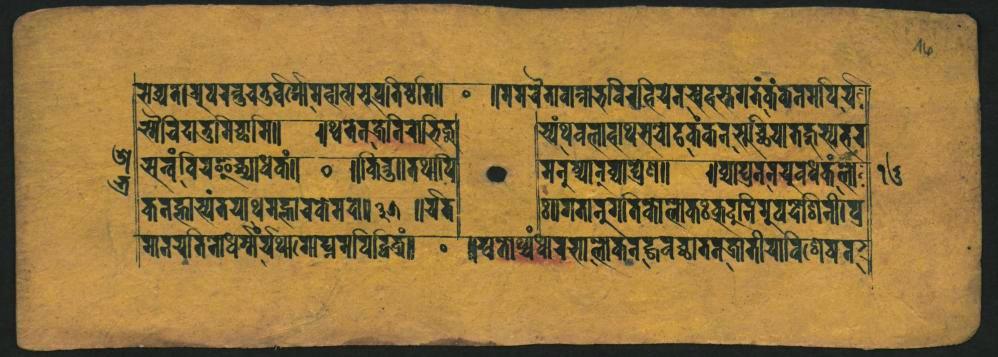
𑐳𑐰𑑂𑐫𑐐𑐬𑐸𑐥𑐬𑐔𑑂𑐰𑐔𑐟𑐸𑐬𑑂𑐰𑑂𑐰𑐾𑐲𑐩𑐩𑐰𑐵𑐟𑑂𑐩𑐔𑐸𑐰𑐡𑐶𑐲𑑂𑐰𑐥𑐶 𑑁𑐔𑐶𑐡𑐵𑐟𑐸𑐩𑐶𑐔𑑂𑐕𑐵𑐩𑐶𑑋 𑐳𑐟𑑂𑐰𑑄𑐰𑐶𑐔𑑅𑑂𑐫𑐵𑐢𑐎𑑄𑑌 𑐎𑐣𑐴𑑂𑐴𑐵𑐳𑑂𑐫𑑄𑐟𑐫𑐵𑐠𑑂𑐠𑐩𑐸𑐡𑑂𑐨𑐵𑐬𑐎𑐾𑐩𑐰𑐵𑑌𑐟𑐾𑑌𑐫𑐟 𑐩𑐵𑐣𑐫𑐟𑐶𑐣𑐢𑐬𑑂𑐩𑑂𑐩𑐾𑐫𑐠𑐵𑐟𑐵𑐥𑑂𑐣𑐩𑐥𑐶𑐡𑑂𑐡𑐶𑐟𑑂𑐰𑑄